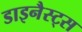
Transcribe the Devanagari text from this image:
डाइनैस्ट्स